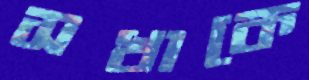
সখাকে